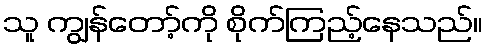
သူ ကျွန်တော့်ကို စိုက်ကြည့်နေသည်။